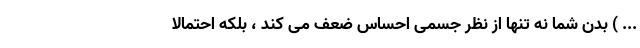
... ) بدن شما نه تنها از نظر جسمی احساس ضعف می کند ، بلکه احتمالاً